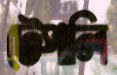
টেপালি